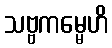
သဗ္ဗကမ္မေဟိ